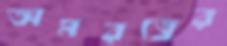
অমরত্বের